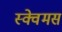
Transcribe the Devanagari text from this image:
स्क्वेमस